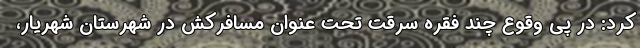
کرد: در پی وقوع چند فقره سرقت‌ تحت عنوان مسافرکش در شهرستان شهریار،